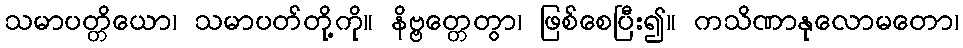
သမာပတ္တိယော၊ သမာပတ်တို့ကို။ နိဗ္ဗတ္တေတွာ၊ ဖြစ်စေပြီး၍။ ကသိဏာနုလောမတော၊